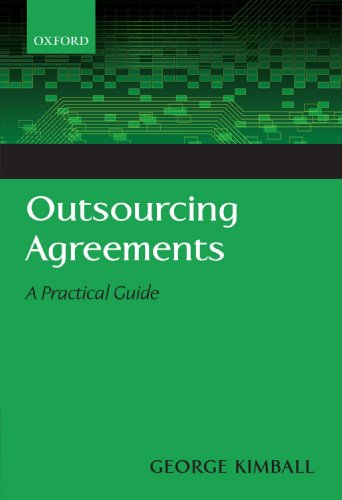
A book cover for Outsourcing Agreements: A Practical Guide; George Kimball; Law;